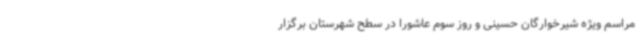
مراسم ویژه شیرخوارگان حسینی و روز سوم عاشورا در سطح شهرستان برگزار